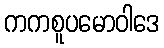
ကကစူပမောဝါဒေ